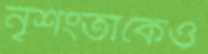
নৃশংতাকেও